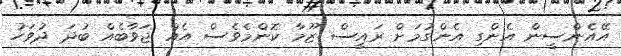
އޭއެންސީން އެންގި އެންގުމަށް ރައީސް ޒޫމާ ކޮންމެވެސް އެއް ޖަވާބެއް ބުދަ ދުވަހު